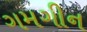
ગમગીન